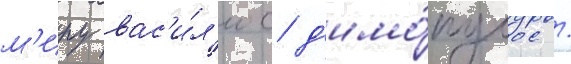
м'иру вас'и́л'иос д'имо́пулос /